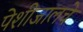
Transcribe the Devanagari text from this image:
पेशीजालचे